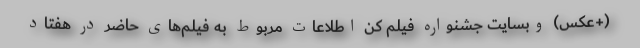
(+عکس) وبسایت جشنواره فیلم کن اطلاعات مربوط به فیلم‌های حاضر در هفتاد